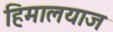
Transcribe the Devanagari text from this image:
हिमालयाज